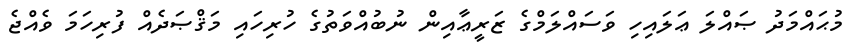
މުޙައްމަދު ޞައްލަ ޢަލައިހި ވަސައްލަމްގެ ޒަރީޢާއިން ނުބުއްވަތުގެ ހުރިހައި މަޤްޞަދެއް ފުރިހަމަ ވެއްޖެ